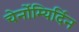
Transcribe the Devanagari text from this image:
चेर्नोम्यिर्दिन